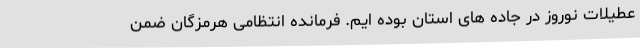
عطیلات نوروز در جاده های استان بوده ایم. فرمانده انتظامی هرمزگان ضمن